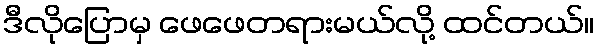
ဒီလိုပြောမှ ဖေဖေတရားမယ်လို့ ထင်တယ်။